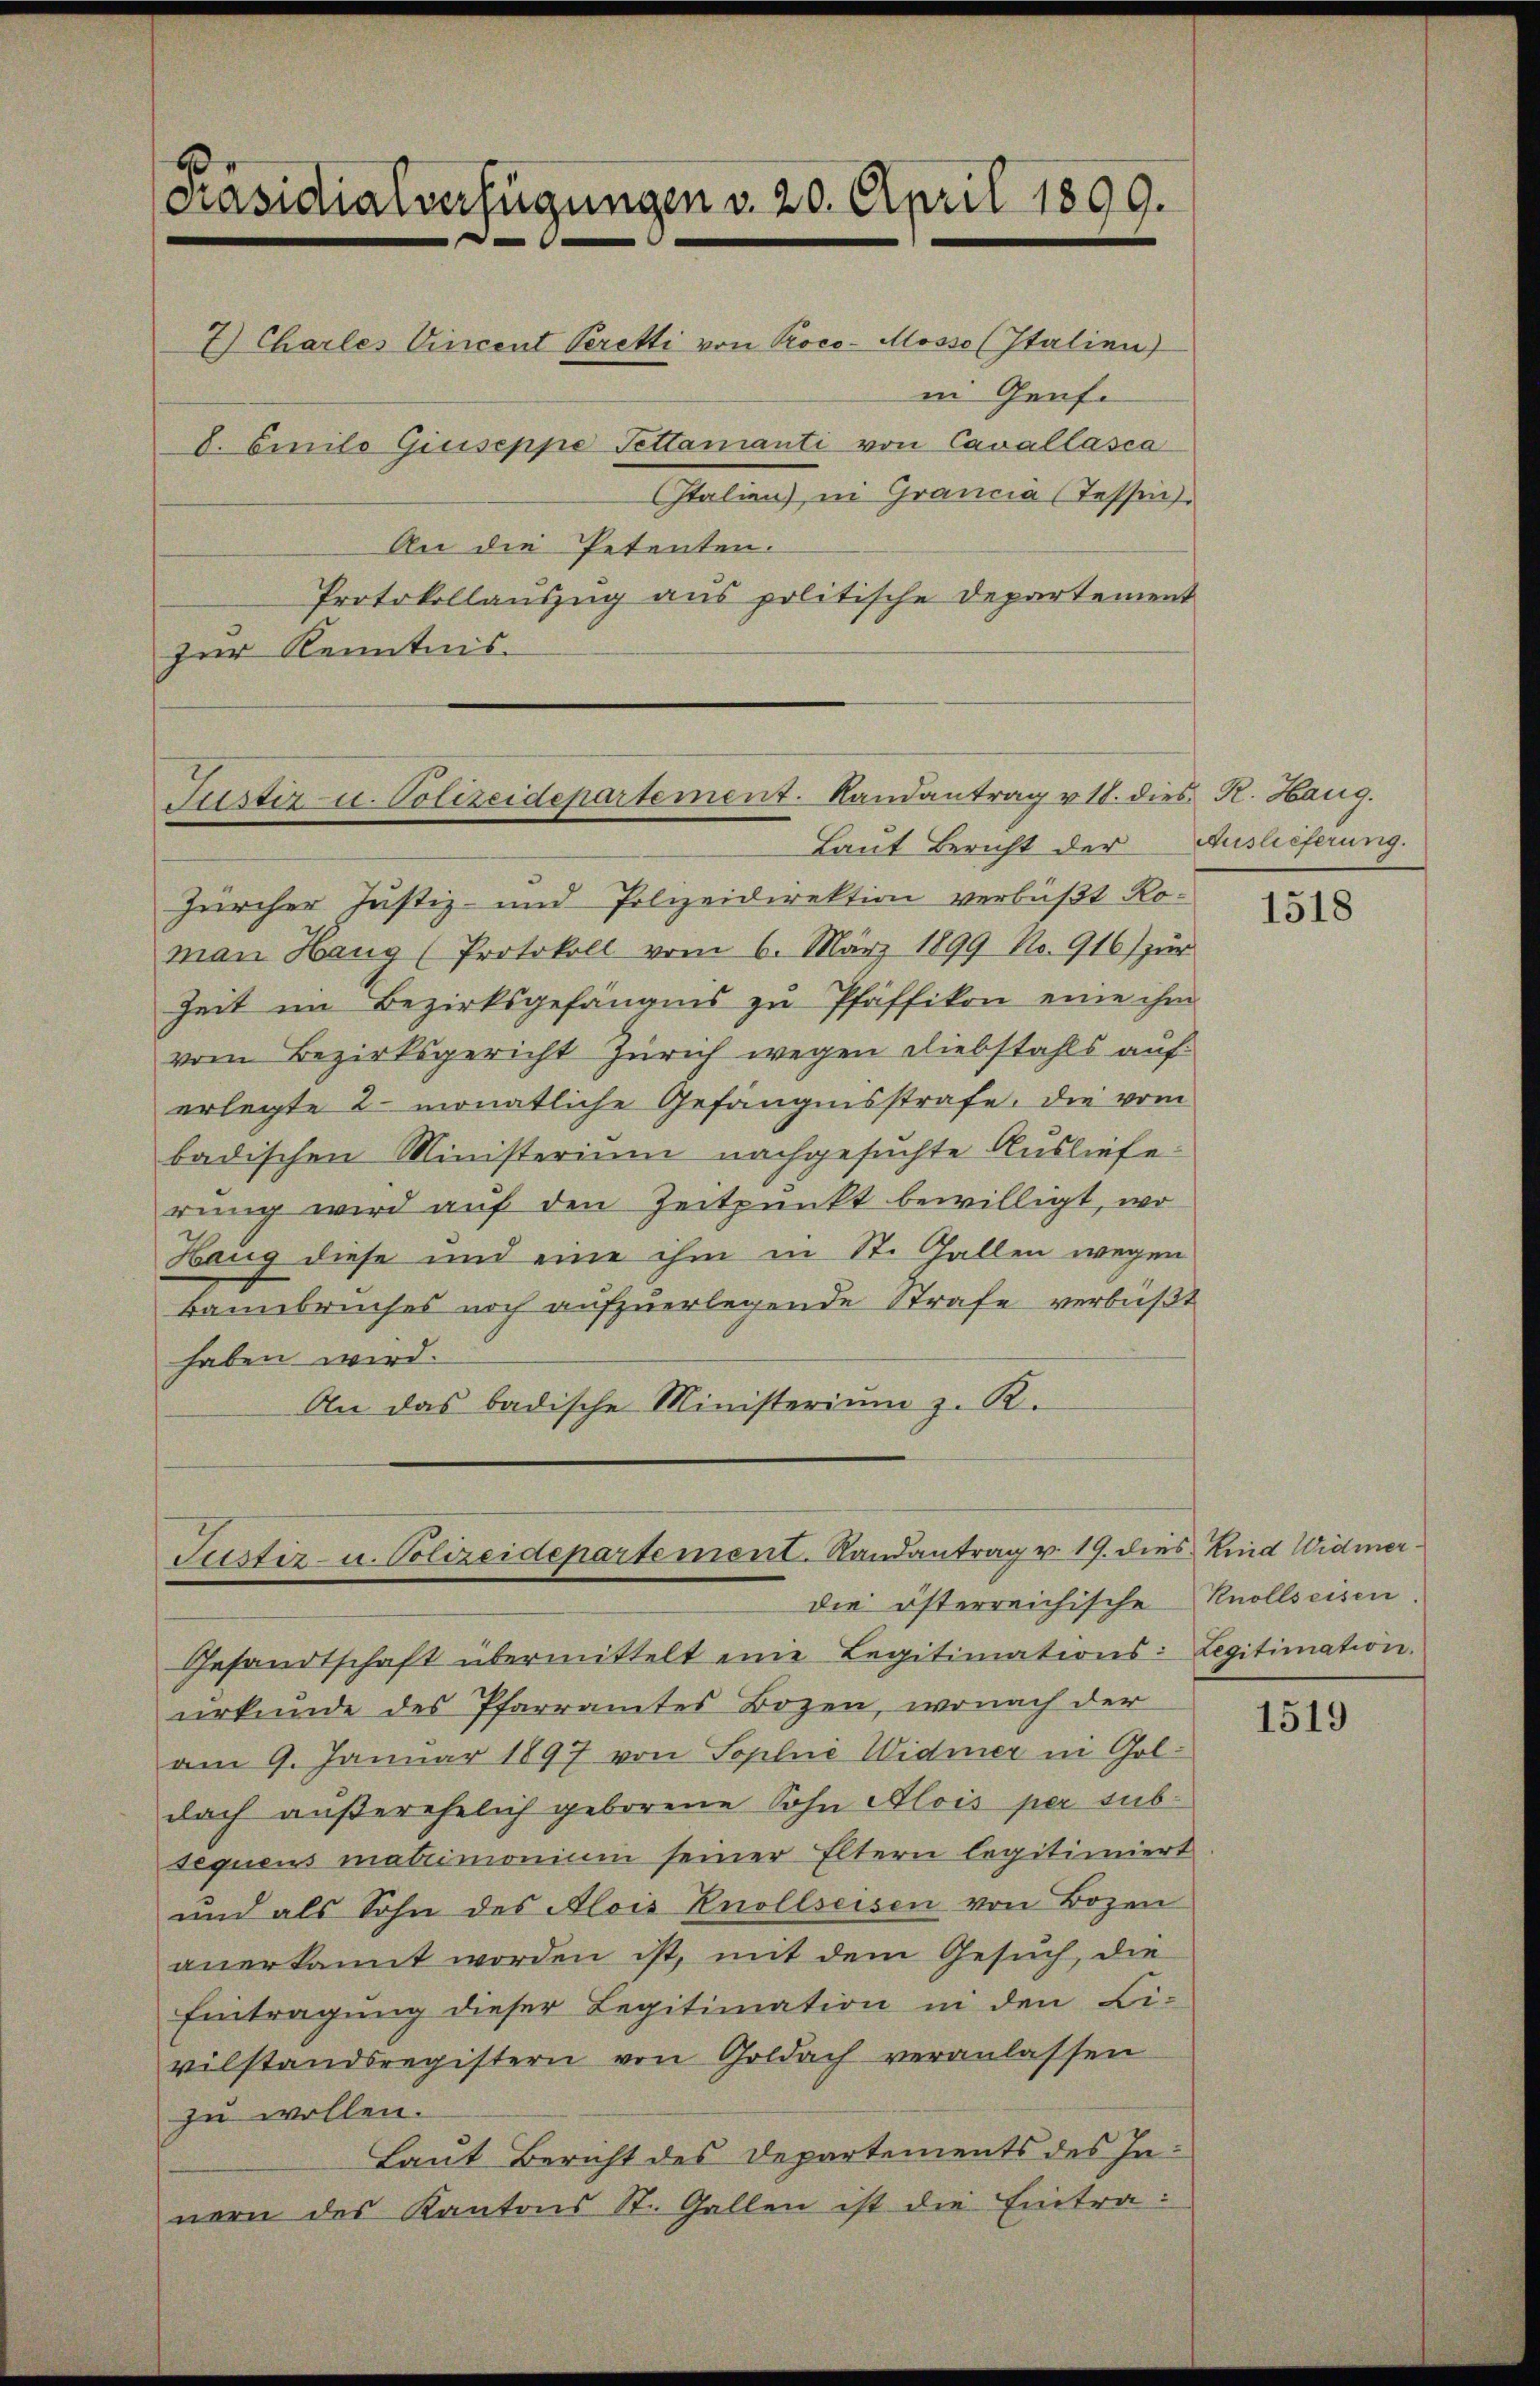
6
Präsidialverfügungen v. 20. April 1899.

7) Charles Vincent Veretti von Proco-Mosso (Italien)
d. Emilo Giuseppe Fettanianti von Cavallasca
talien) in Grancia (Tessin.
An die Petenten.

in Genfe
Protokollauszug aus politische Departement
zur Kenntnis.

Jüster u. Polizeidepartement. Landantrag v. 18. dies K. Haug.
Laut Bericht der Auslieferung.

Justiz- u. Polizeidepartement. Randantrag v. 19. dies Kind Widmer-
die österreichische

Zürcher Justiz- und Polizeidirektion verbüßt Roman Haug (Protokoll vom 6. März 1899 No. 916) zŭr
Zeit im Bezirksgefängnis zŭ Pfäffikon eine ihm
vom Bezirksgericht Zürich wegen Diebstahls auf
erlegte 2 monatliche Gefängnisstrafe. Die vom
badischen Ministerium nachgesuchte Ausliefe.
rung wird auf den Zeitpunkt bewilligt, wo
Hang diese und eine ihm in St. Gallen wegen
Bannbruches noch aufzuerlegende Strafe verbüßt
haben wird.
An das badische Ministerium z. B.

Gesandtschaft übermittelt eine Legitimations: Legitimation.
urkunde des Pfarramtes Bozen, wonach der
am 9. Januar 1897 von Soplie Widmer in Goldoch außerehelich geborene Sohn Alois per sub-
sequens matrimonium seiner Eltern legitimiert
und als Sohn des Alois Knollseisen von Bozen
anerkannt worden ist, mit dem Gesŭch, die
Eintragung dieser Legitimation in den Li-
vilstandsregistern von Goldach veranlassen
zu wollen.
Laut Bericht des Departements des Innern des Kantons St. Gallen ist die Eintra¬

1518

Knollseisen

1519